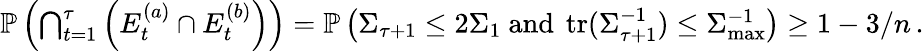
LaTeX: \begin{array}{r}{\mathbb P\left(\bigcap_{t=1}^{\tau}\left(E_{t}^{(a)}\cap E_{t}^{(b)}\right)\right)=\mathbb P\left(\Sigma_{\tau+1}\leq 2\Sigma_{1}\mathrm{~and~}\operatorname{tr}(\Sigma_{\tau+1}^{-1})\leq\Sigma_{\operatorname*{max}}^{-1}\right)\geq 1-3/n\, .}\end{array}